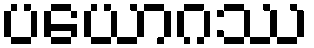
ပယောဂဿ